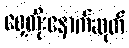
ရှေ့တိုးနောက်ဆုတ်